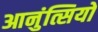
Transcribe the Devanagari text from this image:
आनुंत्सियों